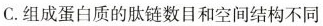
C.组成蛋白质的肽链数目和空间结构不同